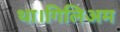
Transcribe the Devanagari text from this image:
था।गिलिअम